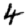
Digit: 4